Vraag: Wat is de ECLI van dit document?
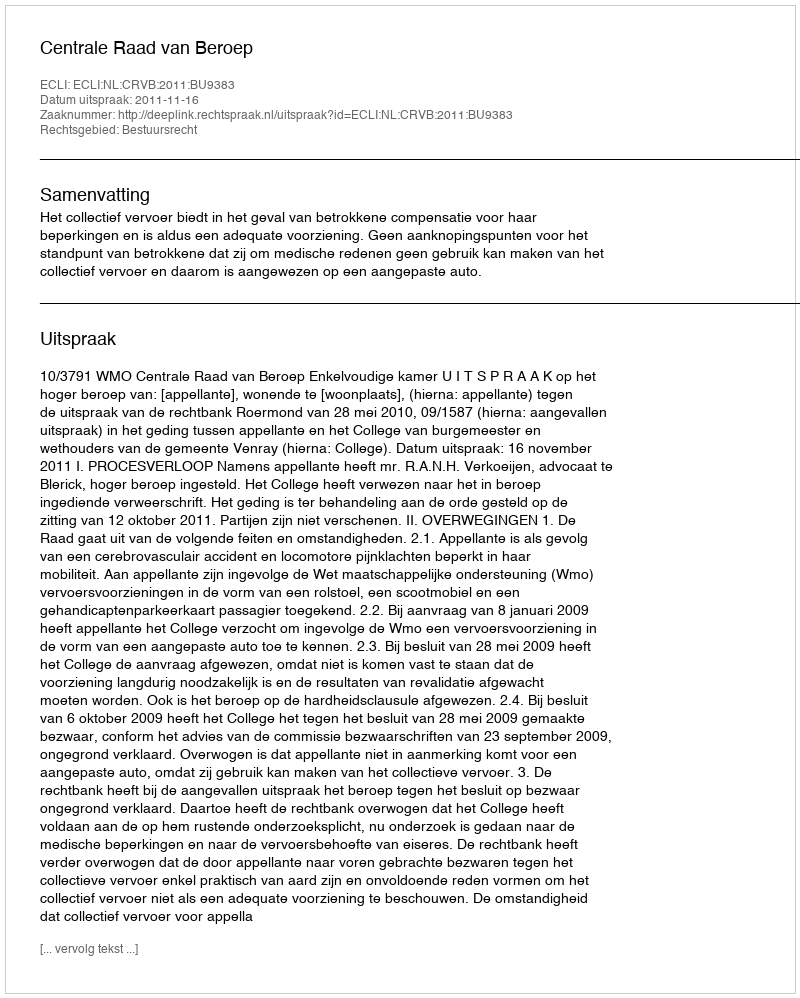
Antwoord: ECLI:NL:CRVB:2011:BU9383